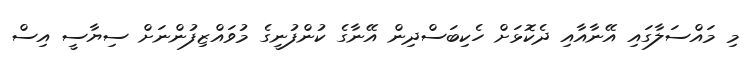
މި މައްސަލާގައި އޭނާއާއި ދެކޮޅަށް ހެކިބަސްދިން އޭނާގެ ކުންފުނީގެ މުވައްޒިފުންނަށް ސިޔާސީ އިސް